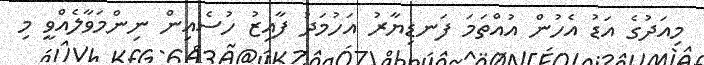
މިއަދުގެ އަޑު އެހުން އުއްތަމަ ފަނޑިޔާރު އަހުމަދު ފާއިޒު ހުސެއިން ނިންމަވާލެއްވީ މި